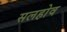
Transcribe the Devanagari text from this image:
सलहोव